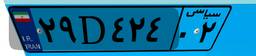
۲۹D۴۲۴۰۲